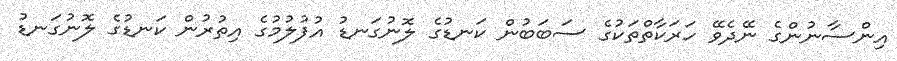
އިންސާނުންގެ ނޭދެވޭ ހަރަކާތްތަކުގެ ސަބަބުން ކަނޑުގެ ލޮނުގަނޑު އުފުލުމުގެ އިތުރުން ކަނޑުގެ ލޮނުގަނޑު